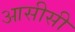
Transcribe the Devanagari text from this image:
आसीसी